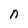
Character: n